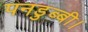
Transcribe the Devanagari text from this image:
पनडुब्‍बी।